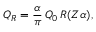
Q _ { R } = { \frac { \alpha } { \pi } } \, Q _ { 0 } \, R ( Z \alpha ) ,